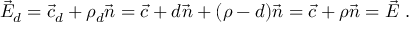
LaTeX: { \vec { E } } _ { d } = { \vec { c } } _ { d } + \rho _ { d } { \vec { n } } = { \vec { c } } + d { \vec { n } } + ( \rho - d ) { \vec { n } } = { \vec { c } } + \rho { \vec { n } } = { \vec { E } } \; .